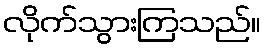
လိုက်သွားကြသည်။